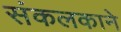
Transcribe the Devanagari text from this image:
संकलकाने